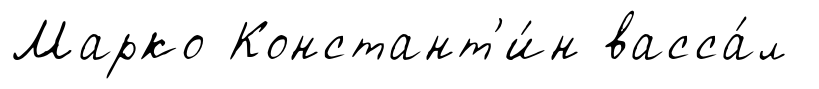
Марко Констант'и́н васса́л